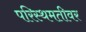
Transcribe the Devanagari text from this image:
परिस्थमतीवर